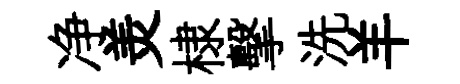
净羙棣擊洗羊